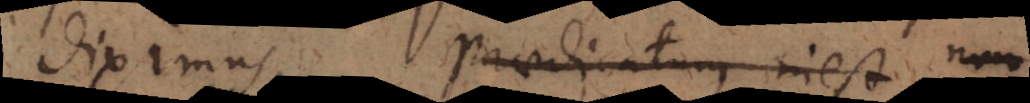
diximus, praedicatum inest non